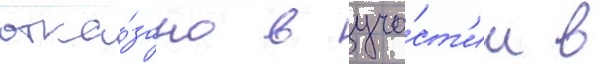
отка́зано в уча́ст'ии в